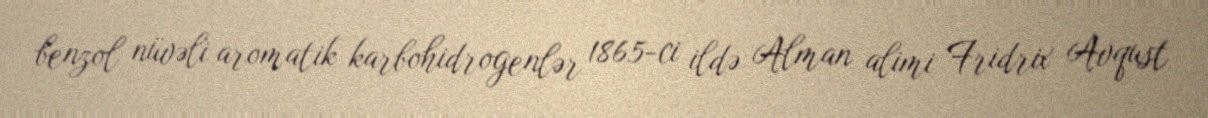
benzol nüvəli aromatik karbohidrogenlər 1865-ci ildə Alman alimi Fridrix Avqust